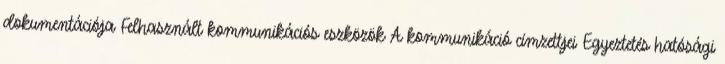
dokumentációja Felhasznált kommunikációs eszközök A kommunikáció címzettjei Egyeztetés hatósági